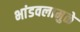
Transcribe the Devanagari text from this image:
भांडवलामुळे